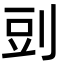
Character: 剅